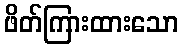
ဖိတ်ကြားထားသော